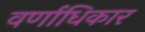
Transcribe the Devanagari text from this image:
वर्णाधिकार